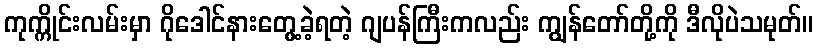
ကုက္ကိုင်းလမ်းမှာ ဂိုဒေါင်နားတွေ့ခဲ့ရတဲ့ ဂျပန်ကြီးကလည်း ကျွန်တော်တို့ကို ဒီလိုပဲသမုတ်။